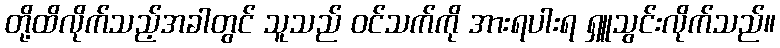
တို့ထိလိုက်သည့်အခါတွင် သူသည် ဝင်သက်ကို အားရပါးရ ရှူသွင်းလိုက်သည်။